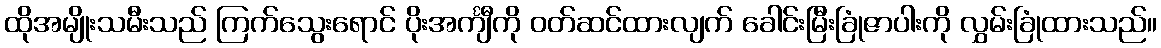
ထိုအမျိုးသမီးသည် ကြက်သွေးရောင် ပိုးအင်္ကျီကို ဝတ်ဆင်ထားလျက် ခေါင်းမြီးခြုံဇာပါးကို လွှမ်းခြုံထားသည်။